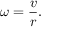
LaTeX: \omega = { \frac { v } { r } } .